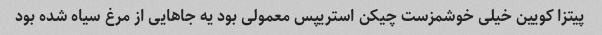
پیتزا کویین خیلی خوشمزست چیکن استریپس معمولی بود یه جاهایی از مرغ سیاه شده بود